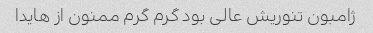
ژامبون تنوریش عالی بود گرم گرم ممنون از هایدا